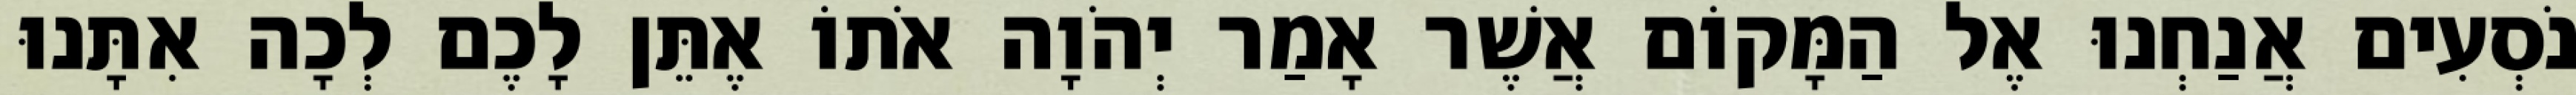
נֹסְעִים אֲנַחְנוּ אֶל הַמָּקוֹם אֲשֶׁר אָמַר יְהֹוָה אֹתוֹ אֶתֵּן לָכֶם לְכָה אִתָּנוּ